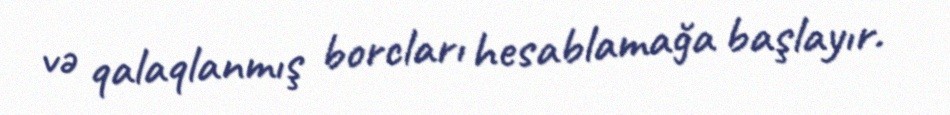
və qalaqlanmış borcları hesablamağa başlayır.